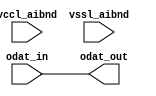
// SPDX-License-Identifier: Apache-2.0
// Copyright (C) 2019 Intel Corporation. 
module aibnd_rxdat_mimic (
	input wire vccl_aibnd,
	input wire vssl_aibnd,
	input wire odat_in,
	output wire odat_out
);

assign odat_out = odat_in;

endmodule